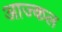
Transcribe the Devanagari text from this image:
आज्कल